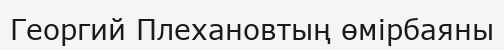
Георгий Плехановтың өмірбаяны